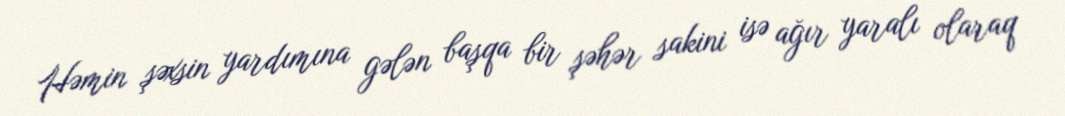
Həmin şəxsin yardımına gələn başqa bir şəhər sakini isə ağır yaralı olaraq